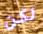
لكن